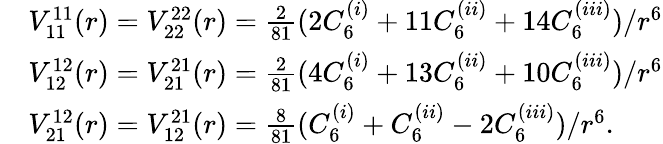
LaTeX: \begin{array}{rl}&{V_{11}^{11}(r)=V_{22}^{22}(r)=\frac{2}{81}(2C_{6}^{(i)}+11C_{6}^{(ii)}+14C_{6}^{(iii)})/r^{6}}\\ &{V_{12}^{12}(r)=V_{21}^{21}(r)=\frac{2}{81}(4C_{6}^{(i)}+13C_{6}^{(ii)}+10C_{6}^{(iii)})/r^{6}}\\ &{V_{21}^{12}(r)=V_{12}^{21}(r)=\frac{8}{81}(C_{6}^{(i)}+C_{6}^{(ii)}-2C_{6}^{(iii)})/r^{6}.}\end{array}